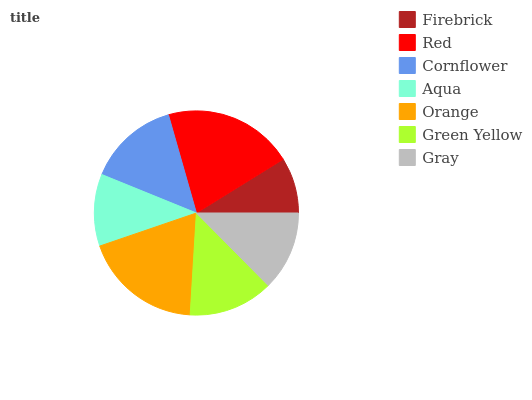
| Firebrick | Red | Cornflower | Aqua | Orange | Green Yellow | Gray |
 | --- | --- | --- | --- | --- | --- | --- |
 | 8.84% | 20.5% | 14.4% | 11.4% | 18.8% | 13.4% | 12.6% |